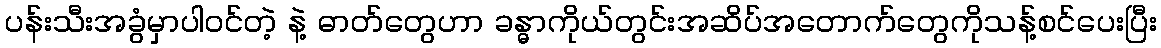
ပန်းသီးအခွံမှာပါဝင်တဲ့ နဲ့ ဓာတ်တွေဟာ ခန္ဓာကိုယ်တွင်းအဆိပ်အတောက်တွေကိုသန့်စင်ပေးပြီး